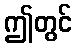
ဤတွင်